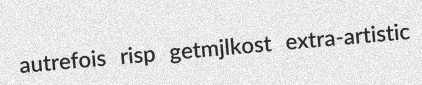
autrefois risp getmjlkost extra-artistic